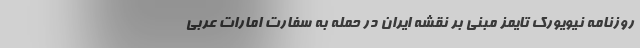
روزنامه نیویورک تایمز مبنی بر نقشه ایران در حمله به سفارت امارات عربی